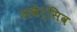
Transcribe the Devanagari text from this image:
अवेर्सिव